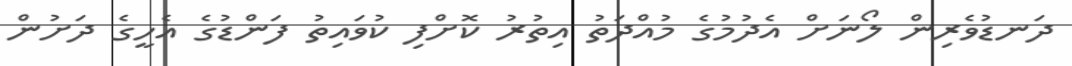
ދަނޑުވެރިން ލޯނަށް އެދުމުގެ މުއްދަތު އިތުރު ކޮށްފި ކުވައިތު ފަންޑުގެ އެހީގެ ދަށުން